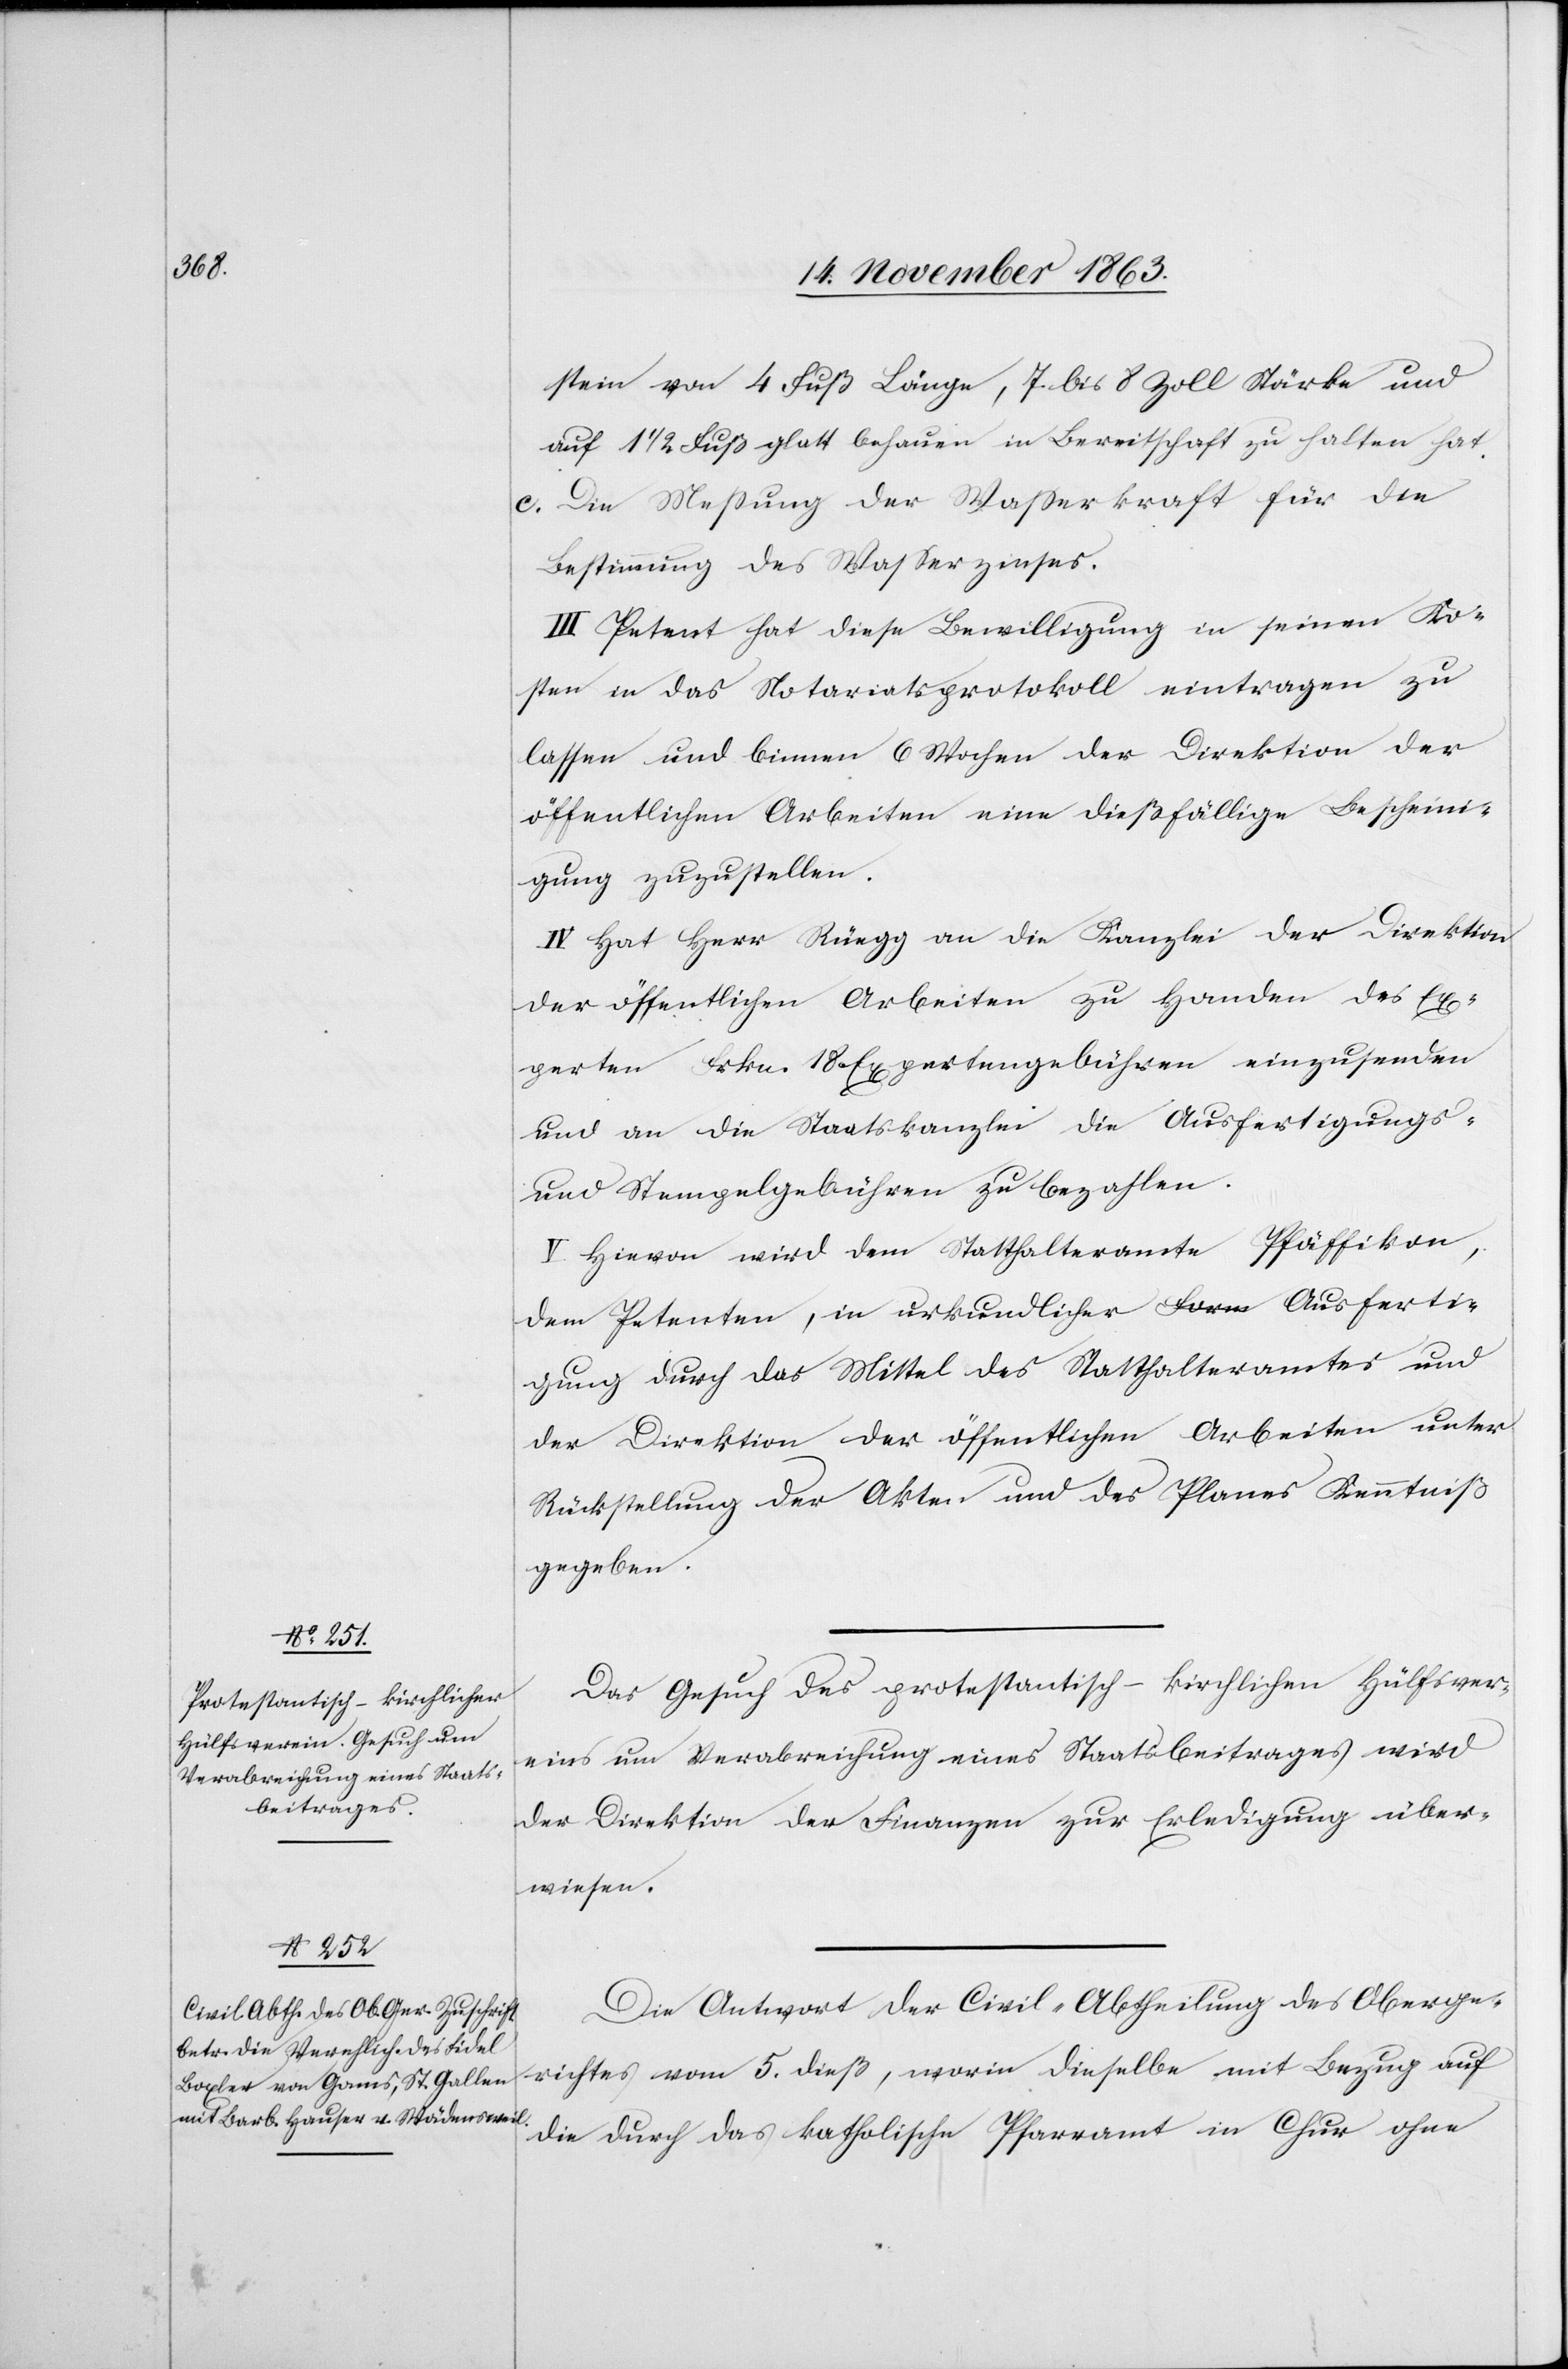
stein von 4 Fuß Länge, 7 bis 8 Zoll Stärke und
auf 1 1/2 Fuß glatt behauen in Bereitschaft zu halten hat.
c. Die Messung der Wasserkraft für die
Bestimmung des Wasserzinses.
III. Petent hat diese Bewilligung in seinen Ko¬
sten in das Notariatsprotokoll eintragen zu
lassen und binnen 6 Wochen der Direktion der
öffentlichen Arbeiten eine dießfällige Bescheini¬
gung zuzustellen.
IV. Hat Herr Rüegg an die Kanzlei der Direktion
der öffentlichen Arbeiten zu Handen des Ex¬
perten Frkn. 18 Expertengebühren einzusenden
und an die Staatskanzlei die Ausfertigungs-
und Stempelgebühren zu bezahlen.
V. Hievon wird dem Statthalteramte Pfäffikon,
dem Petenten, in urkundlicher a-Form-a Ausferti¬
gung durch das Mittel des Statthalteramtes und
der Direktion der öffentlichen Arbeiten unter
Rückstellung der Akten und des Planes Kenntniß
gegeben.
Das Gesuch des protestantisch-kirchlichen Hülfsver¬
eins um Verabreichung eines Staatsbeitrages wird
der Direktion der Finanzen zur Erledigung über¬
wiesen.
Die Antwort der Civil-Abtheilung des Oberge¬
richtes vom 5. dieß, worin dieselbe mit Bezug auf
die durch das katholische Pfarramt in Chur ohne